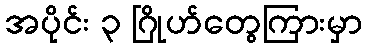
အပိုင်း ၃ ဂြိုဟ်တွေကြားမှာ